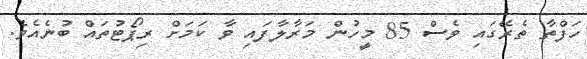
ހަފްތާ ތެރޭގައި ވެސް 85 މީހުން މަރާލާފައި ވާ ކަމަށް ރިޕޯޓުތައް ބުނެއެވެ.